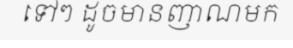
ទៅៗ ដូចមានញាណមក